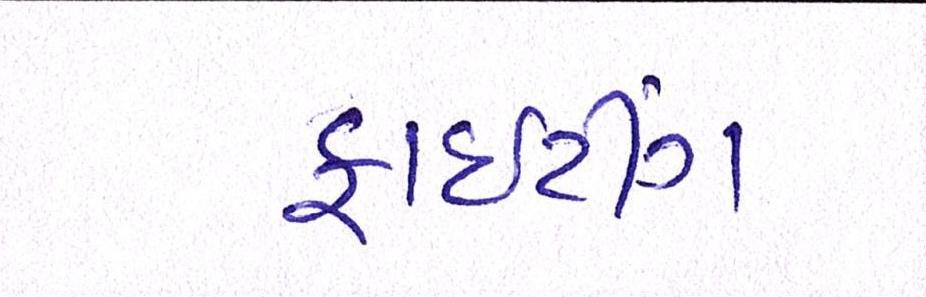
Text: ફાઈટીંગ